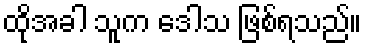
ထိုအခါ သူက ဒေါသ ဖြစ်ရသည်။